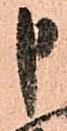
申